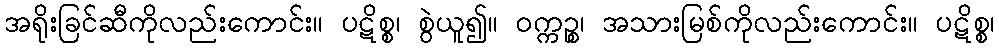
အရိုးခြင်ဆီကိုလည်းကောင်း။ ပဋိစ္စ၊ စွဲယူ၍။ ဝက္ကဉ္စ၊ အသားမြစ်ကိုလည်းကောင်း။ ပဋိစ္စ၊